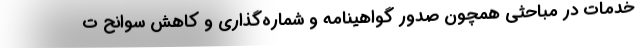
خدمات در مباحثی همچون صدور گواهینامه و شماره‌گذاری و کاهش سوانح ت